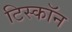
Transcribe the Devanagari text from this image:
टिस्कॉन